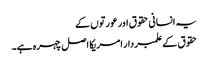
یہ انسانی حقوق اور عورتوں کے
حقوق کے علمبردار امریکا اصل چہرہ ہے۔